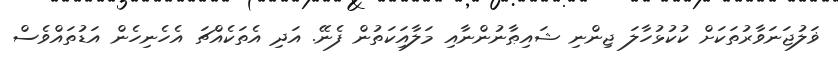
ޥަލުޖަނަވާރުތަކަށް ކުކުޅުހާލަ ޖިންނި ޝައިޠާނުންނާއި މަލާއިަކަތުން ފެނޭ. އަދި އެތަކެއްޗަ އެހެނިހެން އަޑުތައްވެސް